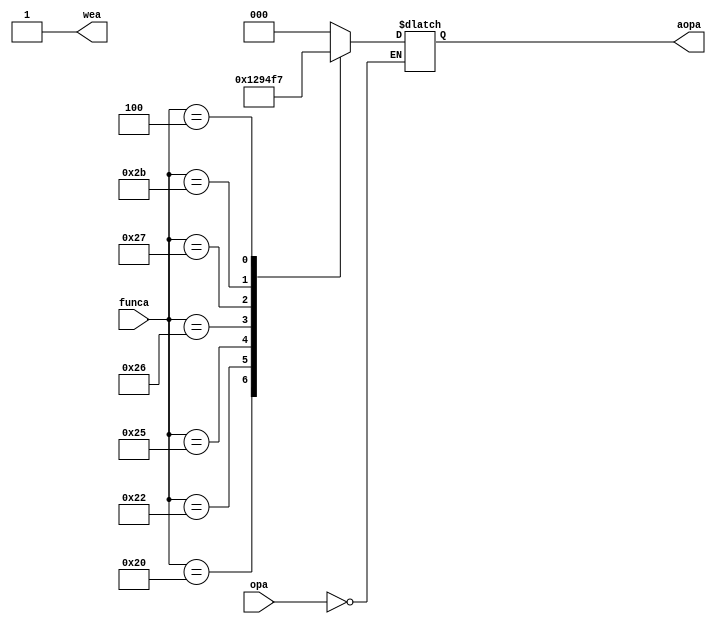
`timescale 1ns / 1ps
//////////////////////////////////////////////////////////////////////////////////
// Company: 
// Engineer: 
// 
// Design Name: 
// Module Name:    TRANSLATE_CONTROL 
// Project Name: 
// Target Devices: 
// Tool versions: 
// Description: 
//
// Dependencies: 
//
// Revision: 
// Revision 0.01 - File Created
// Additional Comments: 
//
//////////////////////////////////////////////////////////////////////////////////
module TRANSLATE_CONTROL(
  opa,
  funca,
  wea,
  aopa
  );

  input [5 : 0] opa;
  input [5 : 0] funca;
  output wea;
  output reg [2 : 0] aopa;

  assign wea = 1;

  always @(*) begin
    if (opa == 6'b000000) begin
      case (funca)
        6'b100000: aopa = 3'b100;
        6'b100010: aopa = 3'b101;
        6'b100100: aopa = 3'b000;
        6'b100101: aopa = 3'b001;
        6'b100110: aopa = 3'b010;
        6'b100111: aopa = 3'b011;
        6'b101011: aopa = 3'b110;
        6'b000100: aopa = 3'b111;
        default: aopa = 3'b000;
      endcase
    end
  end

endmodule